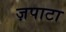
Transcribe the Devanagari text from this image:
ज़पाटा